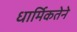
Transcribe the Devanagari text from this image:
धार्मिकतेने